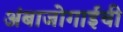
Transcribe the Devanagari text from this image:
अंबाजोगाईची